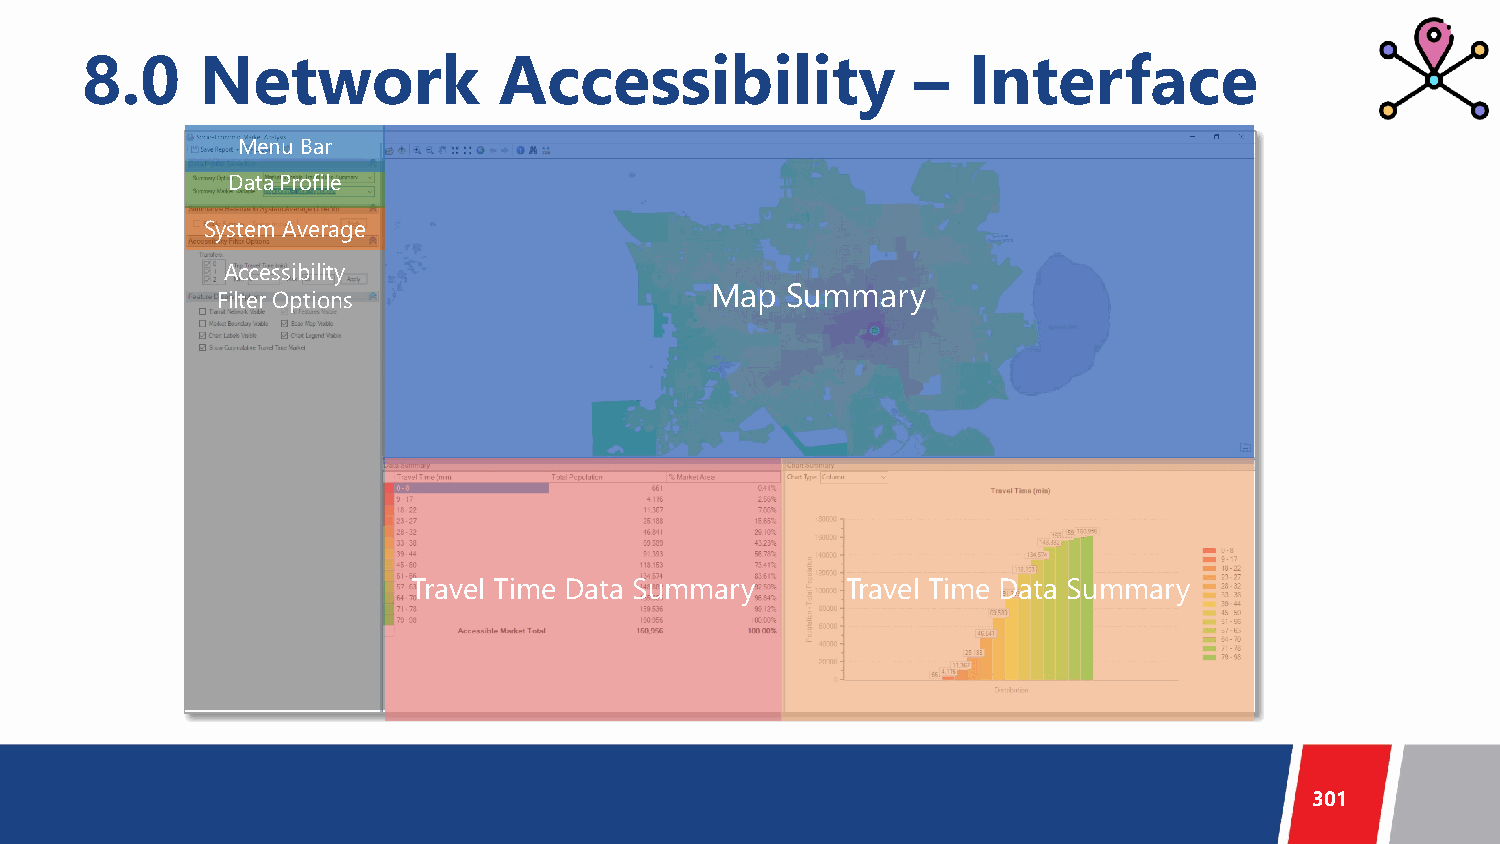
8.0     Network             Accessibility               –  Interface
 Menu Bar
 Data Profile
 System Average
 Accessibility
 Map  Summary
 Filter Options
 Travel Time Data Summary     Travel Time Data Summary
 301